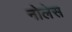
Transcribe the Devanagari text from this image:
नोलेस